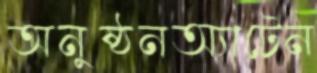
অনুষ্ঠনঅ্যাটেন